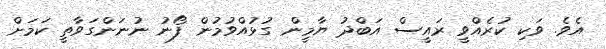
އެވެ. ވަކި ކުރެއްވީ ރައީސް އަބްދު ޔާމީން ގުޅުއްވުމުން ފޯނު ނުނަންގަވާތީ ކަމަށް